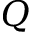
Q